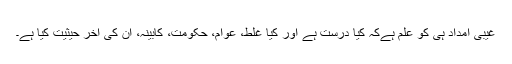
غیبی امداد ہی کو علم ہےکہ کیا درست ہے اور کیا غلط، عوام، حکومت، کابینہ، ان کی آخر حیثیت کیا ہے۔